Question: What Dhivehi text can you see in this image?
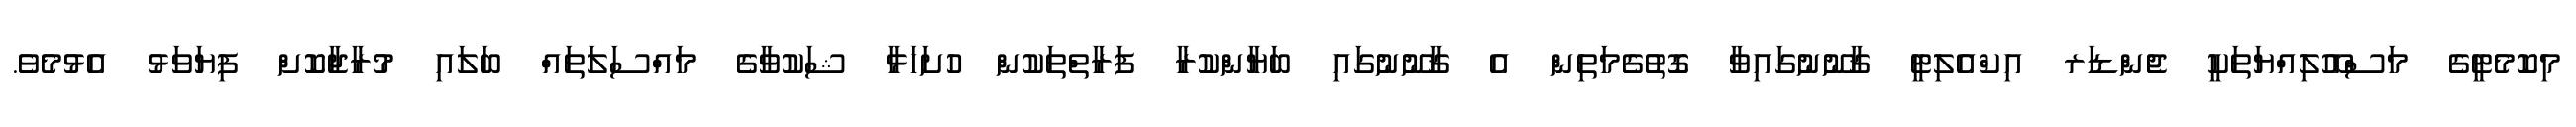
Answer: މިކޮމެޓީގެ މަސްއޫލިއްޔަތަކީ ޖެންޑަރ އިކްއެލިޓީ ޤާނޫނުގައިވާ ގޮތުގެމަތިން އެ ޤާނޫނުގައި ބަޔާންކުރާ ފަރާތްތަކުން ހުށަހަޅާ ޝަކުވާގެ މައްސަލަތައް ބަލައި މުރާޖާކޮށް ފިޔަވަޅު އެޅުމެވެ.